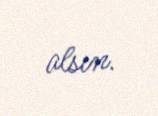
alsın.